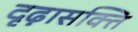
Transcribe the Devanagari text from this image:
दृढ़ासक्ति